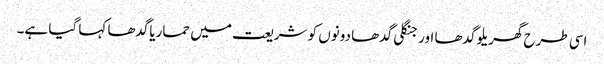
اسی طرح گھریلو گدھا اور جنگلی گدھا دونوں کو شریعت میں حماریاگدھا کہا گیا ہے۔